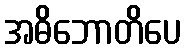
အဓိဘောတိပေ